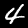
Label: 4